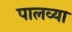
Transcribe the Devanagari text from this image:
पालव्या